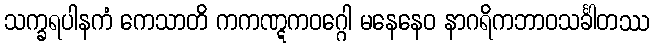
သက္ခရပါနကံ ကေသာတိ ကကဏ္ဋကဝဂ္ဂေါ မနေနေဝ နာဂရိကဘာဝသင်္ခါတဿ